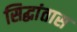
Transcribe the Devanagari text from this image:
सिद्धांतास